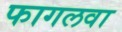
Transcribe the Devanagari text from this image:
फागलवा